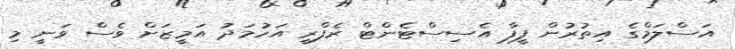
އަސްލަމްގެ އިތުރުން ފީފާ އެސިސްޓެންޓް ރެފްރީ އަހުމަދު އަމީޒަށް ވެސް ވަނީ މި